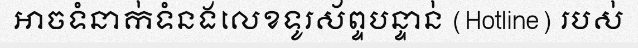
អាចទំនាក់ទំនងលេខទូរស័ព្ទបន្ទាន់ (Hotline) របស់